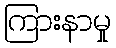
ကြားနာမှု